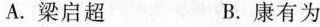
A.梁启超 B.康有为